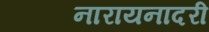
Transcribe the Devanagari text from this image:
नारायनादरी